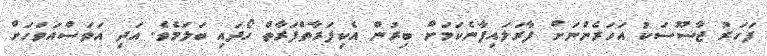
ފަހަރު ޖާސޫސަކު އަހަރެންނަށް ފާރަލައިފާނެކަމަށް ބިރުން އެކިފަރާތްފަރާތް ހޯދައި ބަލަމެވެ. އަދި އަވަސްއަވަހަށް